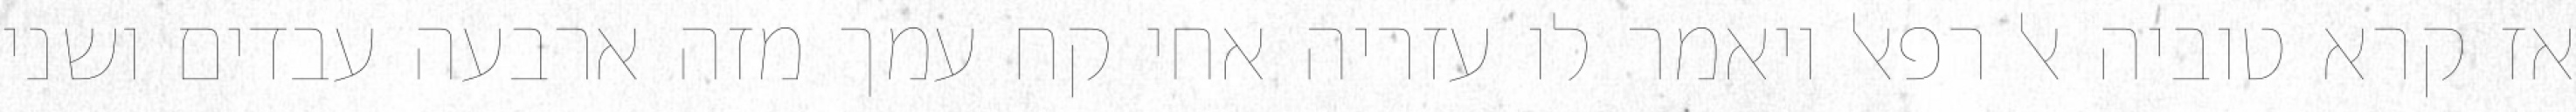
אז קרא טוביה אל רפאל ויאמר לו עזריה אחי קח עמך מזה ארבעה עבדים ושני